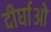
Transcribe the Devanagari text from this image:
दीर्घाओ